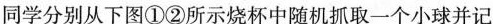
同学分别从下图①②所示烧杯中随机抓取一个小球并记